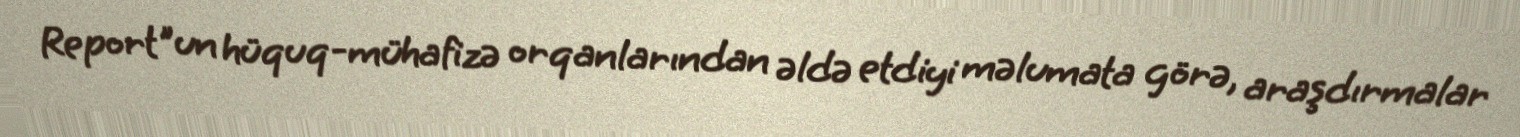
Report"un hüquq-mühafizə orqanlarından əldə etdiyi məlumata görə, araşdırmalar